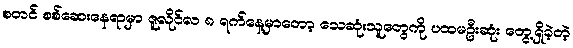
စတင် စစ်ဆေးနေရာမှာ ဇူလိုင်လ ၈ ရက်နေ့မှာတော့ သေဆုံးသူတွေကို ပထမဦးဆုံး တွေ့ရှိခဲ့တဲ့